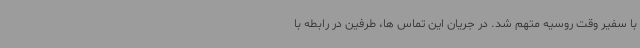
با سفیر وقت روسیه متهم شد. در جریان این تماس ها، طرفین در رابطه با